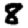
Digit: 8